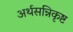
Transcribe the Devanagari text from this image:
अर्थसन्निकृष्ट